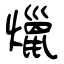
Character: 爉